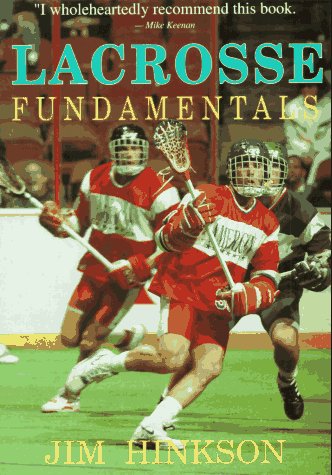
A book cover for Lacrosse Fundamentals; Jim Hinkson; Sports & Outdoors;